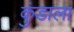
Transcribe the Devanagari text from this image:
कुंडाला